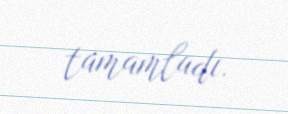
tamamladı.